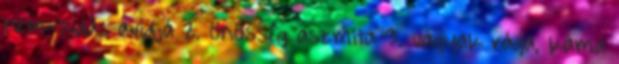
nem-tudás avidjá 2. önösség aszmitá 3. vágyak rága, káma